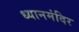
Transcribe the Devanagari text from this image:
ध्यानमंदिर